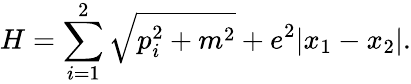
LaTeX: H=\sum_{i=1}^{2}\sqrt{p_{i}^{2}+m^{2}}+e^{2}|x_{1}-x_{2}|.